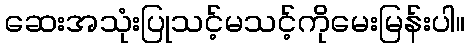
ဆေးအသုံးပြုသင့်မသင့်ကိုမေးမြန်းပါ။